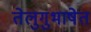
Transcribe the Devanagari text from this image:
तेलुगुभाषेत